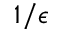
1 / \epsilon